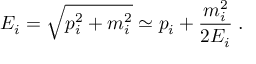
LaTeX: { E _ { i } } = \sqrt { { p _ { i } ^ { 2 } } + { m _ { i } ^ { 2 } } } \simeq { p _ { i } } + \frac { { m _ { i } ^ { 2 } } } { 2 { E _ { i } } } \; .